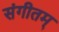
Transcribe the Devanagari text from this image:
संगीतम्‌